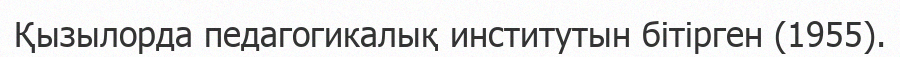
Қызылорда педaгогикалық институтын бітірген (1955).